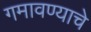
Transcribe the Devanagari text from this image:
गमावण्याचे